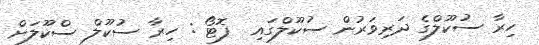
ހިރާ ސުކޫލްގެ ދަރިވަރުން ސުކޫލްގައި  ފޮޓޯ : ހިރާ ސުކޫލް ސްކޫލަށް